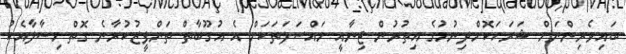
ބައިވެރިންނަށް ޝަރަހަކޮށްދިނުމުގެ އިތުރުން ޖިނާއީ މައްސަލަތަކަށް އެ އުގޫބާތް ތަންފީޒުކުރާނެ ގޮތް މިސާލާއެކު